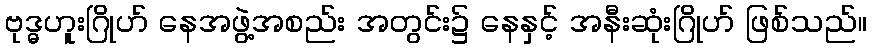
ဗုဒ္ဓဟူးဂြိုဟ် နေအဖွဲ့အစည်း အတွင်း၌ နေနှင့် အနီးဆုံးဂြိုဟ် ဖြစ်သည်။